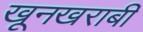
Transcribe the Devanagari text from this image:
खूनखराबी